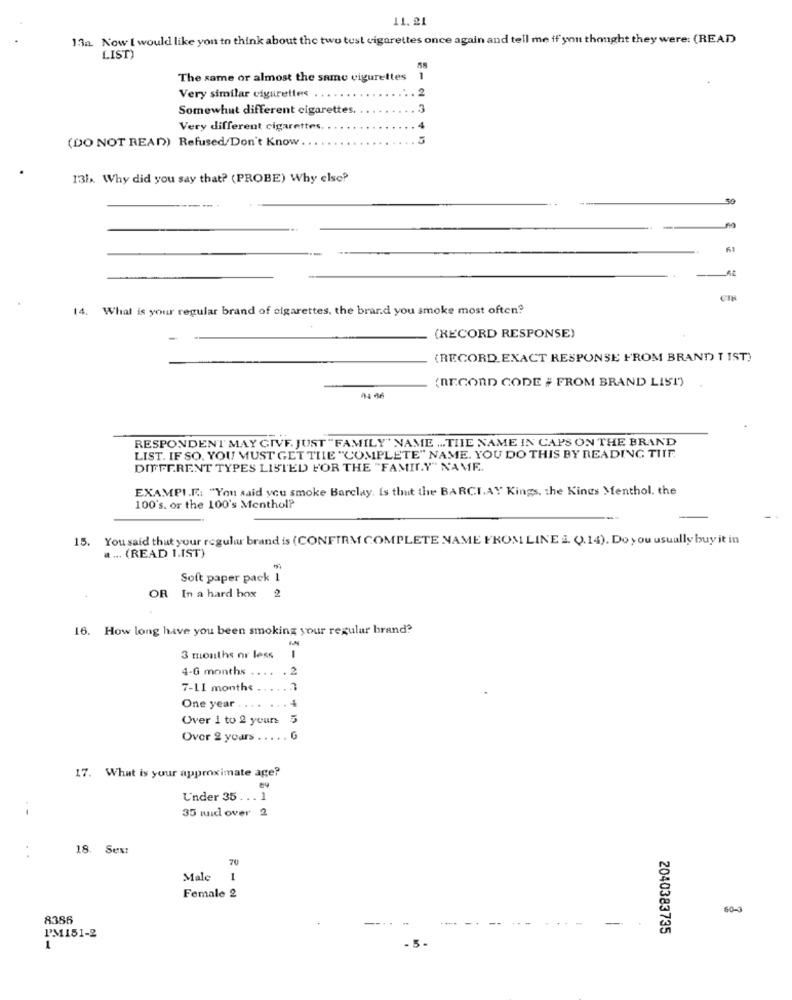
11.21
13a. Now I would like you to think about the two tust cigarettes once again and tell me if you thought they were: (READ
LIST)
The same or almost the same vigurettes
1
Very similar cigarettes
2
Somewhat different cigarettes. .
3
Very different cigarettes. ..
4
(DO NOT READ) Refused/Don't Know
131x. Why did you say that? (PROBE) Why else?
M
CIN
14. What is your regular brand of cigarettes, the brand you smoke most often?
(RECORD RESPONSE)
(RECORD EXACT RESPONSE FROM BRAND T IST)
(RECORD CODE # FROM BRAND LIS!")
RESPONDENT MAY GIVE. JUST " FAMILY" NAME ... TIIE NAME IN CAPS ON THE BRAND
LIST. IF SO. YOU MUST GET THE "COMPLETE" NAME. YOU DO THIS BY READING TIIF.
DIFFERENT TYPES LISTED FOR THE "FAMILY" NAME.
EXAMPI.F .: "You said you smoke Barclay. Is that the BARCLAY Kings, the Kings Menthol. the
100's, or the 100's Menthol?
15. You said that your regular brand is (CONFIRM COMPLETE NAME FROM LINE . Q.14). Do you usually buy it in
. ... (READ 1.IST)
Soft paper pack
OR In a hard box
16. How long have you been smoking your regular brand?
3 months or less
4-6 months
. 2
7-11 months .
...
.
4
One year
Over 1 to 2 yours
5
Over 2 years
G
17. What is your approximate age?
Under 35. .. 1
-
35 luid over 2
18. Sex:
70
Male
1
Female 2
60-0
8386
-
2040383735
I'M151-2
1